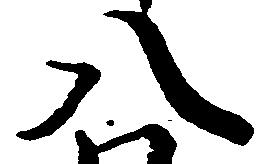
八